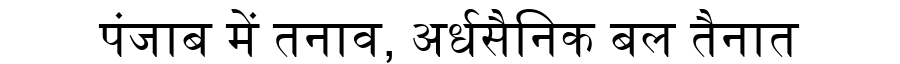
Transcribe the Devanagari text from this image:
पंजाब में तनाव, अर्धसैनिक बल तैनात